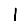
Digit: 1